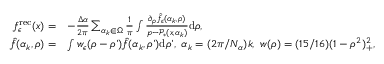
\begin{array} { r l } { f _ { \epsilon } ^ { \mathrm { r e c } } ( x ) = } & { - \frac { \Delta \alpha } { 2 \pi } \sum _ { \alpha _ { k } \in \Omega } \frac { 1 } \pi \int \frac { \partial _ { \rho } \hat { f } _ { \epsilon } ( \alpha _ { k } , \rho ) } { p - \mathcal P _ { * } ( x , \alpha _ { k } ) } \mathrm { d } \rho , } \\ { \hat { f } ( \alpha _ { k } , \rho ) = } & { \int w _ { \epsilon } ( \rho - \rho ’ ) \hat { f } ( \alpha _ { k } , \rho ’ ) \mathrm { d } \rho ’ , \ \alpha _ { k } = ( 2 \pi / N _ { \alpha } ) k , \ w ( \rho ) = ( 1 5 / 1 6 ) ( 1 - \rho ^ { 2 } ) _ { + } ^ { 2 } , } \end{array}